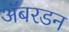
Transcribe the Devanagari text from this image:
ॲबरडन